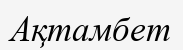
Ақтамбет